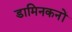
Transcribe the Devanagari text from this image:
डामिनकनों